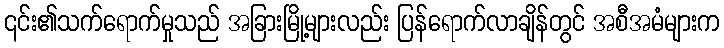
၎င်း၏သက်ရောက်မှုသည် အခြားမြို့များလည်း ပြန်ရောက်လာချိန်တွင် အစီအမံများက